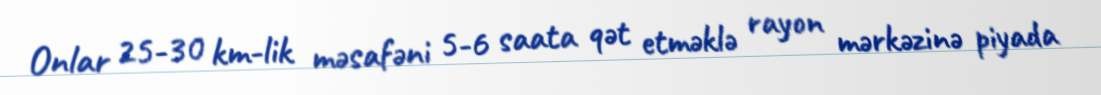
Onlar 25-30 km-lik məsafəni 5-6 saata qət etməklə rayon mərkəzinə piyada